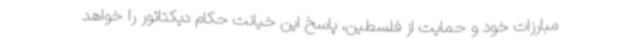
مبارزات خود و حمایت از فلسطین، پاسخ این خیانت حکام دیکتاتور را خواهد